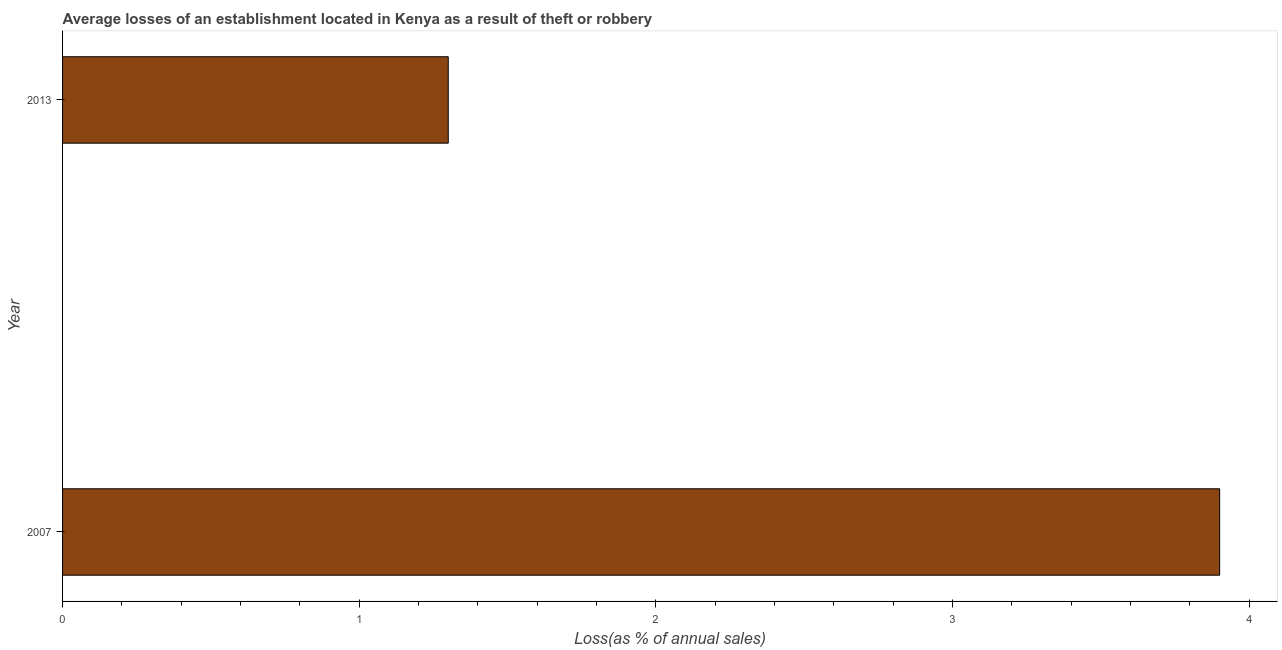
| Year | Losses due to theft |
 | --- | --- |
 | 2007 | 3.9 |
 | 2013 | 1.3 |